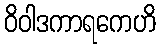
ဝိဝါဒကာရကေဟိ